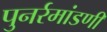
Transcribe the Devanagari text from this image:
पुनर्रमांडणी